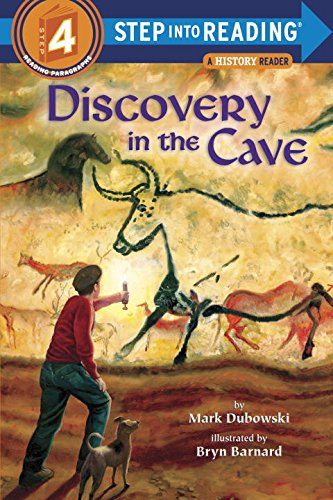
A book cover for Discovery in the Cave (Step into Reading); Mark Dubowski; Children's Books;